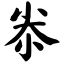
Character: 尜